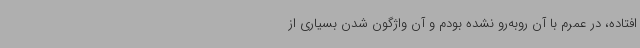
افتاده، در عمرم با آن روبه‌رو نشده بودم و آن واژگون شدن بسیاری از